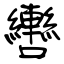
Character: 轡